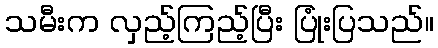
သမီးက လှည့်ကြည့်ပြီး ပြုံးပြသည်။